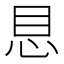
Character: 𪫩